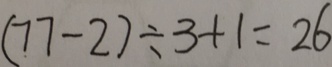
( 7 7 - 2 ) \div 3 + 1 = 2 6